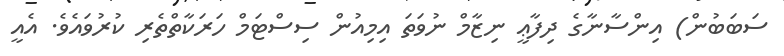
ސަބަބުން) އިންސާނާގެ ދިފާޢީ ނިޒާމް ނުވަތަ އިމިއުން ސިސްޓަމް ހަރަކާތްތެރި ކުރުވައެވެ. އެއީ